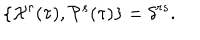
LaTeX: \{ { \cal X } ^ { r } ( \tau ) , { \cal P } ^ { s } ( \tau ) \} = \delta ^ { r s } .